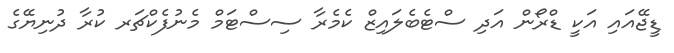
ޑީޖޭއައި އަކީ ޑްރޯން އަދި ސްޓެބެލައިޒް ކެމެރާ ސިސްޓަމް މެނުފެކްޗަރ ކުރާ ދުނިޔޭގެ